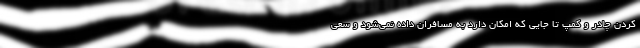
کردن چادر و کمپ تا جایی که امکان دارد به مسافران داده نمی‌شود و سعی